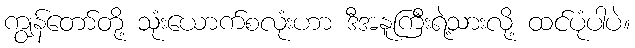
ကျွန်တော်တို့ သုံးယောက်စလုံးဟာ ဒီအနူကြီးရဲ့သားလို့ ထင်ပုံပါပဲ။